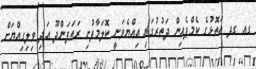
ގއ ގދ އަތޮޅުގެ ކެމްޕެއިން ދަތުރުގައި އިއްޔެވަނީ ކޮލަމާފުށި ރަތަފަންދޫ އަދި ވިލިގިއްޔަށް